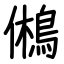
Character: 鵂